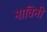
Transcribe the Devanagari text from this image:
भाविनी